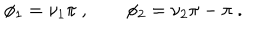
LaTeX: \phi _ { 1 } = \nu _ { 1 } \pi ~ , \qquad \phi _ { 2 } = \nu _ { 2 } \pi - \pi ~ .